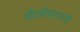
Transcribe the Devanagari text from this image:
शैलीसारखे